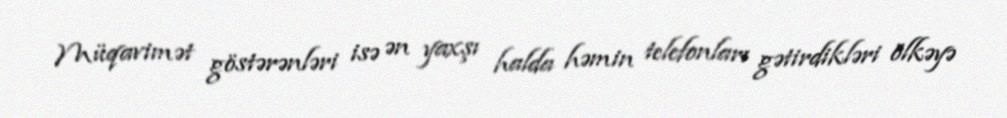
Müqavimət göstərənləri isə ən yaxşı halda həmin telefonları gətirdikləri ölkəyə